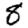
Digit: 8